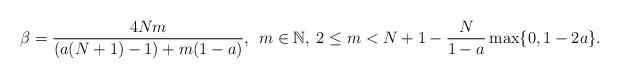
LaTeX: \begin{align*}\beta = \frac{4Nm}{(a(N+1)-1) + m (1-a)}, \: \: m \in \mathbb{N}, \: 2 \leq m < N+1 - \frac{N}{1-a} \max \{ 0, 1-2a \}.\end{align*}